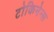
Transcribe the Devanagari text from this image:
टोकिनेन्स